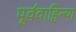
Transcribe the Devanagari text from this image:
पूर्ववाहिन्या